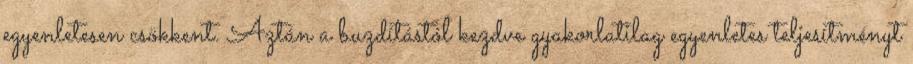
egyenletesen csökkent. Aztán a buzdítástól kezdve gyakorlatilag egyenletes teljesítményt